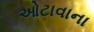
ઓટાવાના